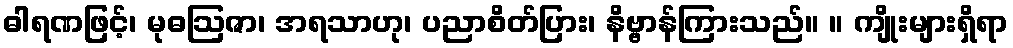
ဓါရဏဖြင့်၊ မုဓဩဇာ၊ အရသာဟု၊ ပညာစိတ်ပြား၊ နိဗ္ဗာန်ကြားသည်။ ။ ကျိုးများရှိရာ